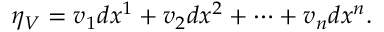
\eta _ { V } = v _ { 1 } d x ^ { 1 } + v _ { 2 } d x ^ { 2 } + \cdots + v _ { n } d x ^ { n } .